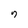
Character: 7